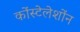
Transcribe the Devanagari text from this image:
कोंस्टेलेशोंन